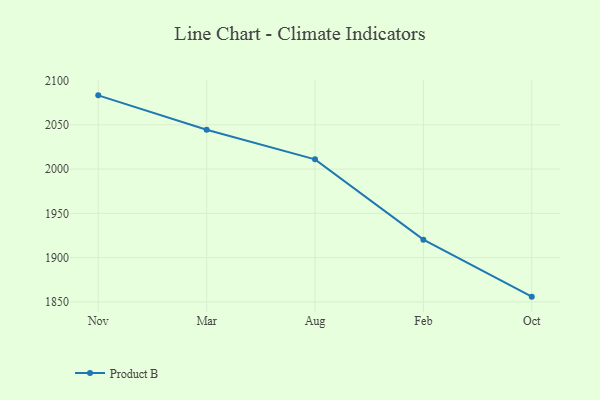
{"axis": {"x": "Month", "y": "Page Views"}, "legend": ["Product B"], "data": [{"x": "Nov", "y": 2083.3, "type": "Product B"}, {"x": "Mar", "y": 2044.4, "type": "Product B"}, {"x": "Aug", "y": 2011.0, "type": "Product B"}, {"x": "Feb", "y": 1920.3, "type": "Product B"}, {"x": "Oct", "y": 1855.9, "type": "Product B"}]}